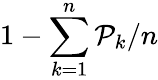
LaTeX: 1-\sum_{k=1}^{n}\mathcal{P}_{k}/n